Notes on vaccination in the North-West Frontier Province 1923-1928 - 1923-1928
Year: 1923
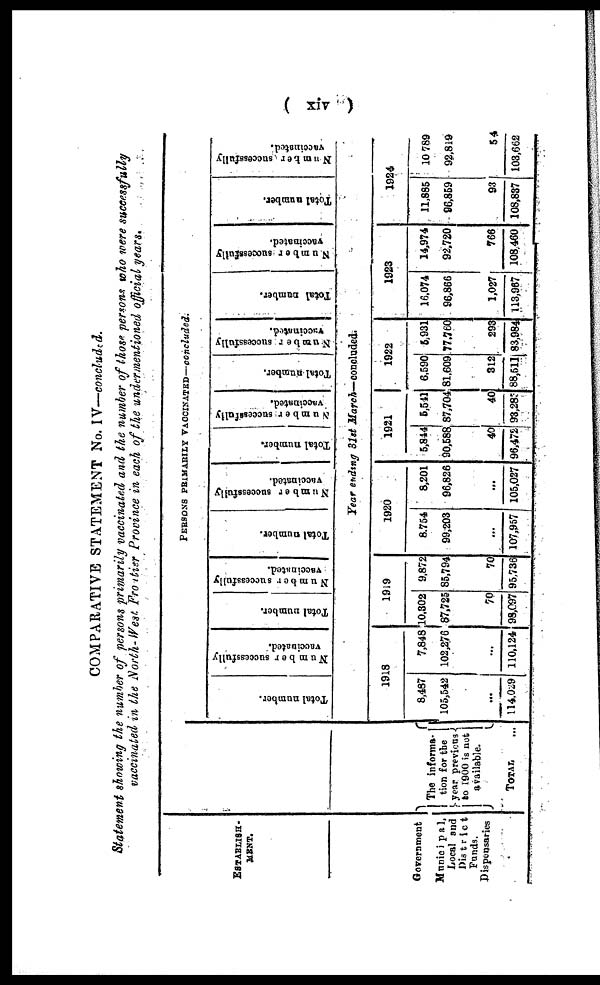
( xiv )
COMPARATIVE STATEMENT No. IV—concluded.
Statement showing the number of persons primarily vaccinated and the number of those persons who were successfully
vaccinated in the North-West Frontier Province in each of the undermentioned official years.
ESTABLISH¬
-----
Government
Municipal,
Local and
District
Funds.
Dispensaries
The informa¬
tion for the
year previous
to 1900 is not
available.
TOTAL ...
PERSONS PRIMARILY VACCINATED—concluded.
Total number.
Number successfully
vaccinated.
Total number.
Number successfully
vaccinated.
Total number.
Number successfully
vaccinated.
Total number.
Number successfully
vaccinated.
Total number.
Number successfully
Vaccinated.
Total number.
Number successfully
vaccinated.
Total number.
Number successfully
vaccinated.
Year ending 31st March—concluded.
1918
8,487
105,542
...
114,029
7,848
102,276
...
110,124
1919
10,302
87,725
70
98,097
9,872
85,794
70
95,736
1920
8,754
99,203
...
107,957
8,201
96,826
...
105,027
1921
5,844
90,588
40
96,472
5,541
87,704
40
93,283
1922
6,590
81,609
312
88,511
5,931
77,760
293
83,984
1923
16,074
96,866
1,027
113,967
14,974
92,720
766
108,460
1924
11,885
96,859
93
108,837
10,789
92,819
54
103,662